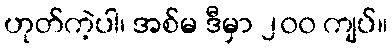
ဟုတ်ကဲ့ပါ၊ အစ်မ ဒီမှာ ၂၀၀ ကျပ်။